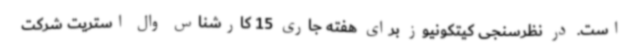
است. در نظرسنجی کیتکونیوز برای هفته جاری 15 کارشناس وال استریت شرکت